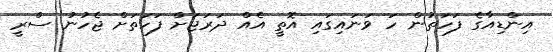
އިންޑިއާގެ ފަހަތުން ހަ ވަނައިގައި އޮތީ އެއް ދަރަޖަށް ފަހަތަށް ޖެހުނު ސްރީ